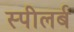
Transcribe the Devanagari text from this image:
स्पीलर्ब